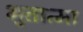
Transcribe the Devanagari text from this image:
भुतात्मा